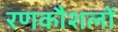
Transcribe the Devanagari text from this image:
रणकौशलों